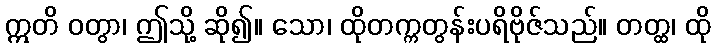
ဣတိ ဝတွာ၊ ဤသို့ ဆို၍။ သော၊ ထိုတက္ကတွန်းပရိဗိုဇ်သည်။ တတ္ထ၊ ထို